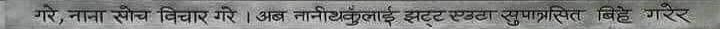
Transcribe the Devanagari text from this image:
गरे, नाना सोच विचार गरे । अब नानीहरूलाई झुट्टो खसुमासित बिहे गरेर